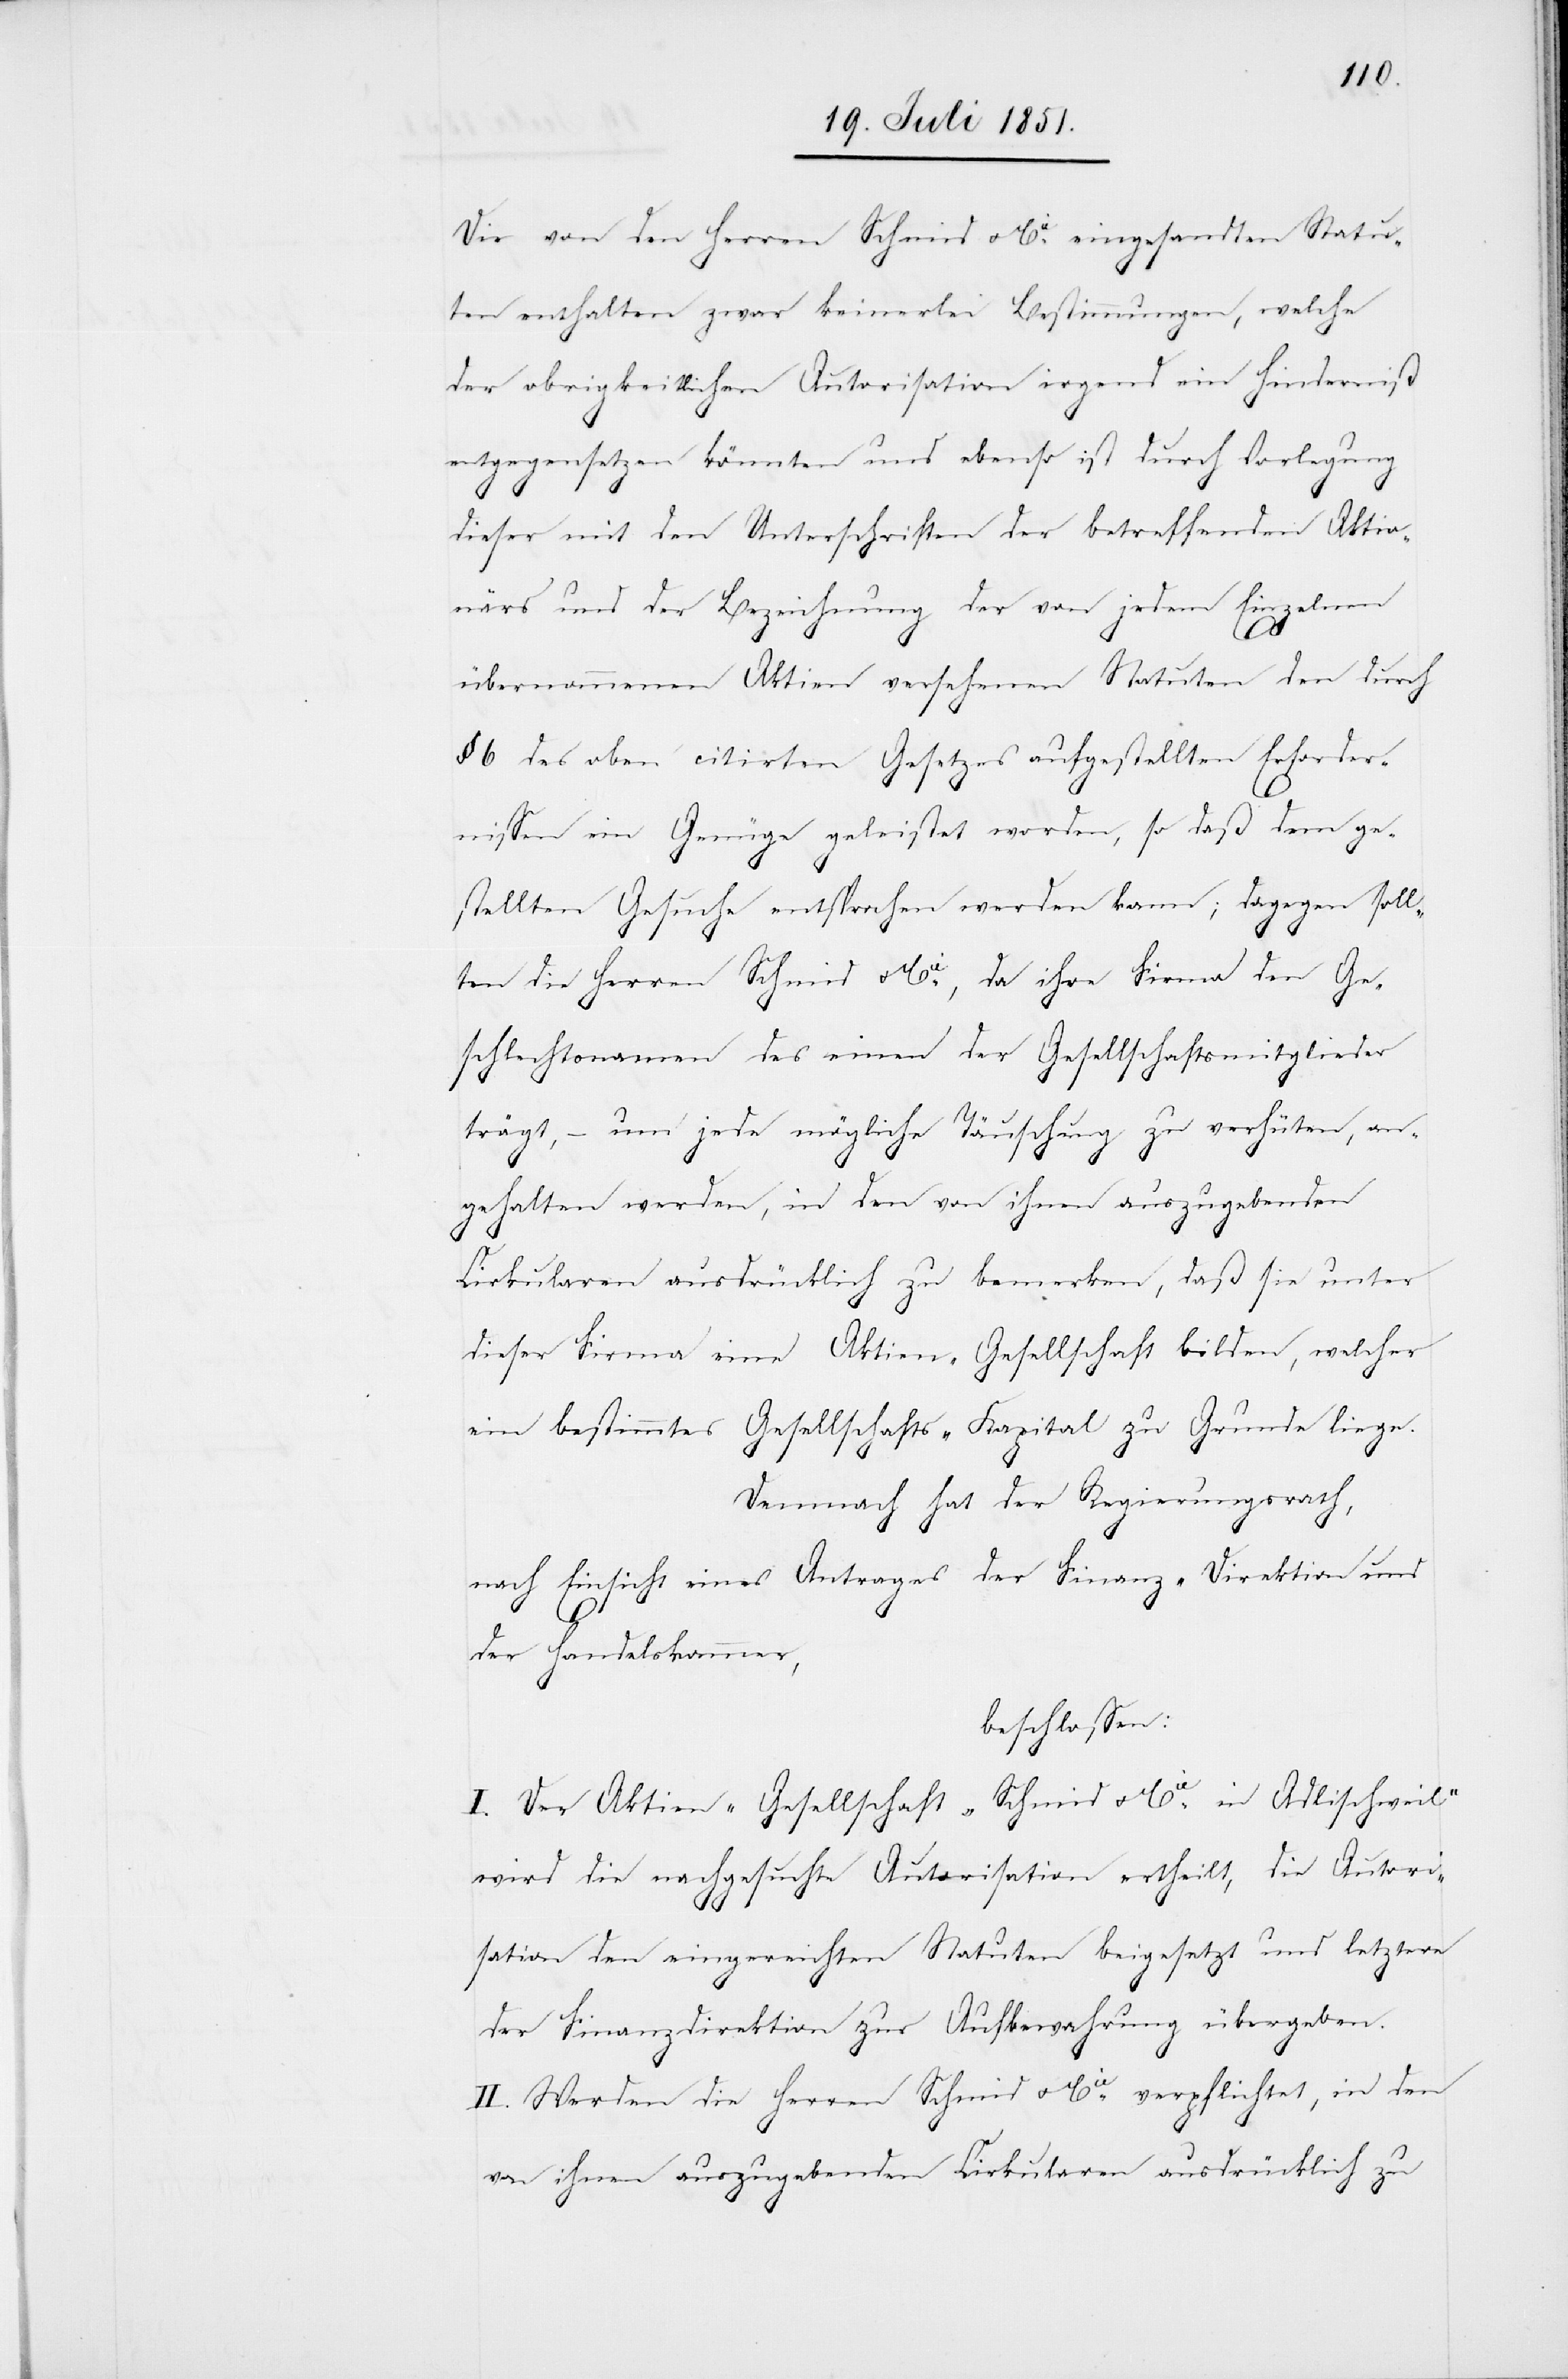
Die von den Herren Schmid & Cie. eingesandten Statu¬
ten enthalten zwar keinerlei Bestimmungen, welche
der obrigkeitlichen Autorisation irgend ein Hinderniß
entgegensetzen könnten und ebenso ist durch Vorlegung
dieser mit den Unterschriften der betreffenden Aktio¬
närs und der Bezeichnung der von jedem Einzelnen
übernommenen Aktien versehenen Statuten den durch
§ 6 des oben citirten Gesetzes aufgestellten Erforder¬
nissen ein Genüge geleistet worden, so daß dem ge¬
stellten Gesuche entsprochen werden kann; dagegen soll¬
ten die Herren Schmid & Cie., da ihre Firma den Ge¬
schlechtsnamen des einen der Gesellschaftsmitglieder
trägt, – um jede mögliche Täuschung zu verhüten, an¬
gehalten werden, in den von ihnen auszugebenden
Cirkularen ausdrücklich zu bemerken, daß sie unter
dieser Firma eine Aktien-Gesellschaft bilden, welcher
ein bestimmtes Gesellschafts-Kapital zu Grunde liege.
Demnach hat der Regierungsrath,
nach Einsicht eines Antrages der Finanz-Direktion und
der Handelskammer,
beschlossen:
I. Der Aktien-Gesellschaft „Schmid & Cie. in Adlischweil“
wird die nachgesuchte Autorisation ertheilt, die Autori¬
sation den eingereichten Statuten beigesetzt und letztere
der Finanzdirektion zur Aufbewahrung übergeben.
II. Werden die Herren Schmid & Cie. verpflichtet, in den
von ihnen auszugebenden Cirkularen ausdrücklich zu